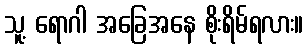
သူ့ ရောဂါ အခြေအနေ စိုးရိမ်ရလား။